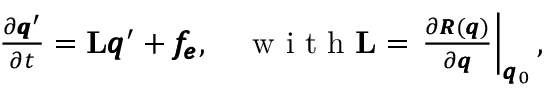
\begin{array} { r } { \frac { \partial \pmb q ^ { \prime } } { \partial t } = \mathbf { L } \pmb q ^ { \prime } + \pmb { f _ { e } } , \quad \mathrm { ~ w ~ i ~ t ~ h ~ } \mathbf { L } = \left. \frac { \partial \pmb { R } ( \pmb q ) } { \partial \pmb q } \right| _ { \pmb q _ { 0 } } , } \end{array}